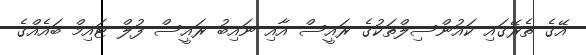
އޭގެ ތެރޭގައި ކައުންސިލްތަކުގެ ރައީސް އާއި ނައިބު ރައީސް ފުލް ޓައިމް ބައެއްގެ